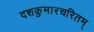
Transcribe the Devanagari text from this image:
दशकुमारचरितम्